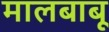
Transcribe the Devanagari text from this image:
मालबाबू